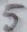
Text: 5